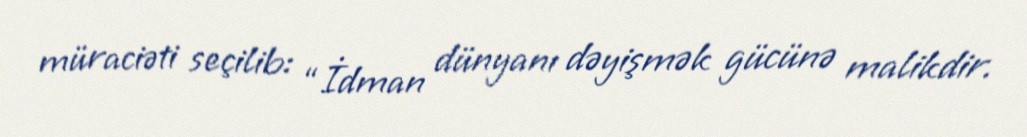
müraciəti seçilib: “İdman dünyanı dəyişmək gücünə malikdir.